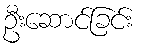
ဦးဆောင်ခြင်း